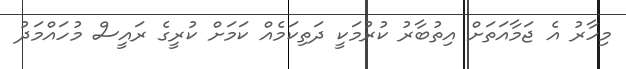
މިހާރު އެ ޖަމާއަތަށް އިތުބާރު ކުރުމަކީ ދަތިކަމެއް ކަމަށް ކުރީގެ ރައީސް މުހައްމަދު